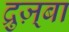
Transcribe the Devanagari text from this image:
द्रुज़्बा